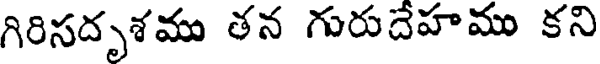
గిరిసదృశము తన గురుదేహము కని